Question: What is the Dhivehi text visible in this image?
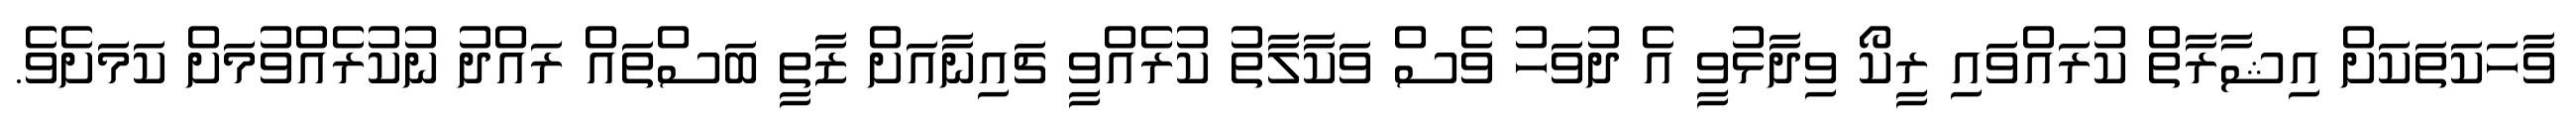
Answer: ވާހަކަތަކަށް އިޝާރާތް ކުރައްވައި ރީކޯ ވިދާޅުވީ އެ ދުވަހު ވެސް ވަކާލާތު ކުރެއްވީ ޗައިނާއަށް ޒާތީ ބަސްތައް ރައްދު ނުކުރެއްވުމަށް ކަމަށެވެ.